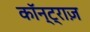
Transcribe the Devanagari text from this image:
कॉन्ट्राज़